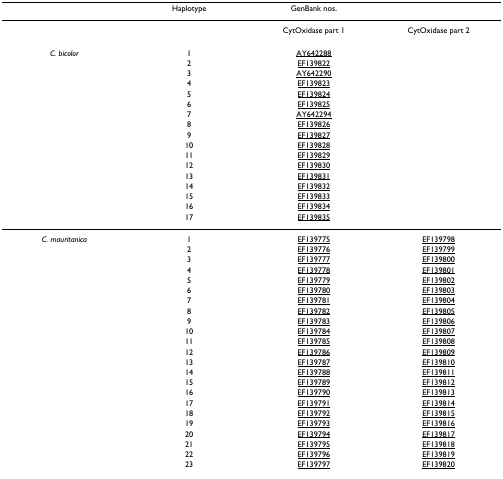
<table><thead><tr><td></td><td><b>Haplotype</b></td><td><b>GenBank nos.</b></td><td></td></tr></thead><tbody><tr><td></td><td></td><td>CytOxidase part 1</td><td>CytOxidase part 2</td></tr><tr><td><i>C. bicolor</i></td><td>1</td><td>AY642288</td><td></td></tr><tr><td></td><td>2</td><td>EF139822</td><td></td></tr><tr><td></td><td>3</td><td>AY642290</td><td></td></tr><tr><td></td><td>4</td><td>EF139823</td><td></td></tr><tr><td></td><td>5</td><td>EF139824</td><td></td></tr><tr><td></td><td>6</td><td>EF139825</td><td></td></tr><tr><td></td><td>7</td><td>AY642294</td><td></td></tr><tr><td></td><td>8</td><td>EF139826</td><td></td></tr><tr><td></td><td>9</td><td>EF139827</td><td></td></tr><tr><td></td><td>10</td><td>EF139828</td><td></td></tr><tr><td></td><td>11</td><td>EF139829</td><td></td></tr><tr><td></td><td>12</td><td>EF139830</td><td></td></tr><tr><td></td><td>13</td><td>EF139831</td><td></td></tr><tr><td></td><td>14</td><td>EF139832</td><td></td></tr><tr><td></td><td>15</td><td>EF139833</td><td></td></tr><tr><td></td><td>16</td><td>EF139834</td><td></td></tr><tr><td></td><td>17</td><td>EF139835</td><td></td></tr><tr><td><i>C. mauritanica</i></td><td>1</td><td>EF139775</td><td>EF139798</td></tr><tr><td></td><td>2</td><td>EF139776</td><td>EF139799</td></tr><tr><td></td><td>3</td><td>EF139777</td><td>EF139800</td></tr><tr><td></td><td>4</td><td>EF139778</td><td>EF139801</td></tr><tr><td></td><td>5</td><td>EF139779</td><td>EF139802</td></tr><tr><td></td><td>6</td><td>EF139780</td><td>EF139803</td></tr><tr><td></td><td>7</td><td>EF139781</td><td>EF139804</td></tr><tr><td></td><td>8</td><td>EF139782</td><td>EF139805</td></tr><tr><td></td><td>9</td><td>EF139783</td><td>EF139806</td></tr><tr><td></td><td>10</td><td>EF139784</td><td>EF139807</td></tr><tr><td></td><td>11</td><td>EF139785</td><td>EF139808</td></tr><tr><td></td><td>12</td><td>EF139786</td><td>EF139809</td></tr><tr><td></td><td>13</td><td>EF139787</td><td>EF139810</td></tr><tr><td></td><td>14</td><td>EF139788</td><td>EF139811</td></tr><tr><td></td><td>15</td><td>EF139789</td><td>EF139812</td></tr><tr><td></td><td>16</td><td>EF139790</td><td>EF139813</td></tr><tr><td></td><td>17</td><td>EF139791</td><td>EF139814</td></tr><tr><td></td><td>18</td><td>EF139792</td><td>EF139815</td></tr><tr><td></td><td>19</td><td>EF139793</td><td>EF139816</td></tr><tr><td></td><td>20</td><td>EF139794</td><td>EF139817</td></tr><tr><td></td><td>21</td><td>EF139795</td><td>EF139818</td></tr><tr><td></td><td>22</td><td>EF139796</td><td>EF139819</td></tr><tr><td></td><td>23</td><td>EF139797</td><td>EF139820</td></tr></tbody></table>